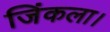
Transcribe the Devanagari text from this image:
जिंकला।